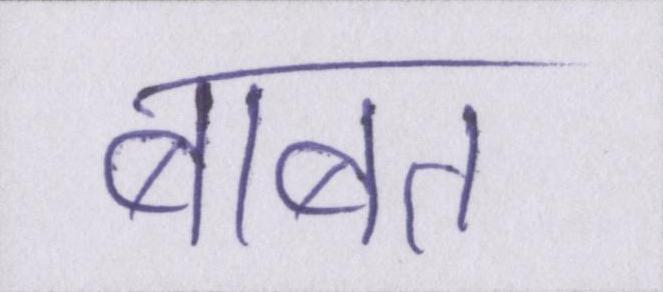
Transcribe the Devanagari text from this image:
बाबत